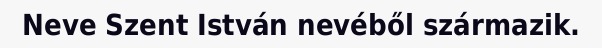
Neve Szent István nevéből származik.